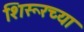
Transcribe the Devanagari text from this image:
शिरूरच्या